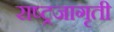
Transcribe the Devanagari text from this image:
राष्ट्रजागृती